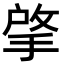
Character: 𢯄